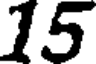
15